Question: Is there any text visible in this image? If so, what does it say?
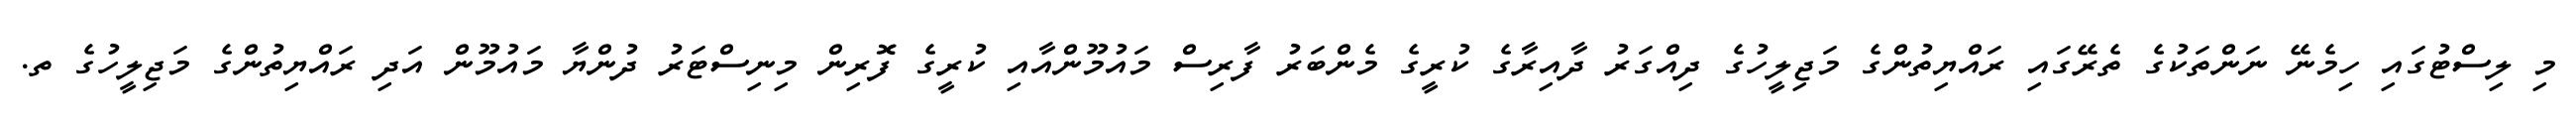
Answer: މި ލިސްޓުގައި ހިމެނޭ ނަންތަކުގެ ތެރޭގައި ރައްޔިތުންގެ މަޖިލީހުގެ ދިއްގަރު ދާއިރާގެ ކުރީގެ މެންބަރު ފާރިސް މައުމޫންއާއި ކުރީގެ ފޮރިން މިނިސްޓަރު ދުންޔާ މައުމޫން އަދި ރައްޔިތުންގެ މަޖިލީހުގެ ތ.